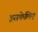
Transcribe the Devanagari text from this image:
इसकेलिए